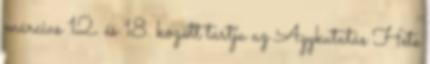
március 12. és 18. között tartja az Agykutatás Hete